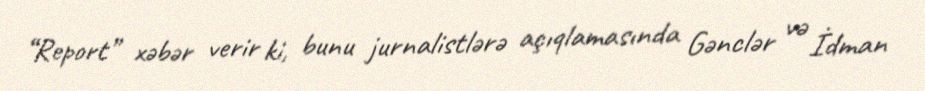
“Report” xəbər verir ki, bunu jurnalistlərə açıqlamasında Gənclər və İdman